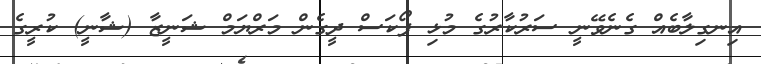
އިނގިލާބެއް ގެނެވޭނީ ސަރުކާރުގެ މުޅި ފޯކަސް ދީގެން މަރްޔަމް ޝަނީޒާ (ޝާނީ) ކުރީގެ